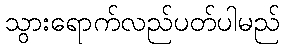
သွားရောက်လည်ပတ်ပါမည်